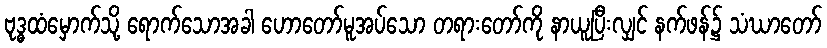
ဗုဒ္ဓထံမှောက်သို့ ရောက်သောအခါ ဟောတော်မူအပ်သော တရားတော်ကို နာယူပြီးလျှင် နက်ဖန်၌ သံဃာတော်